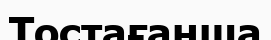
Тостағанша